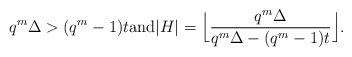
LaTeX: \begin{align*} q^m \Delta > (q^m-1)t \mbox{and} |H| = \Big\lfloor\frac{q^m \Delta}{q^m\Delta - (q^m-1)t}\Big\rfloor.\end{align*}